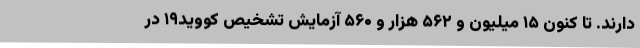
دارند. تا کنون ۱۵ میلیون و ۵۶۲ هزار و ۵۶۰ آزمایش تشخیص کووید۱۹ در